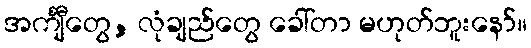
အင်္ကျီတွေ, လုံချည်တွေ ခေါ်တာ မဟုတ်ဘူးနော်။